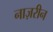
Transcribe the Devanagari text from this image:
नाज़रीन